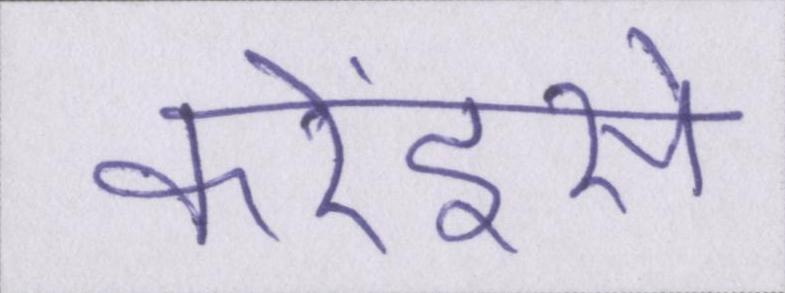
करेंइसे